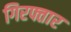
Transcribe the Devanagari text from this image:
गिरफ्तार